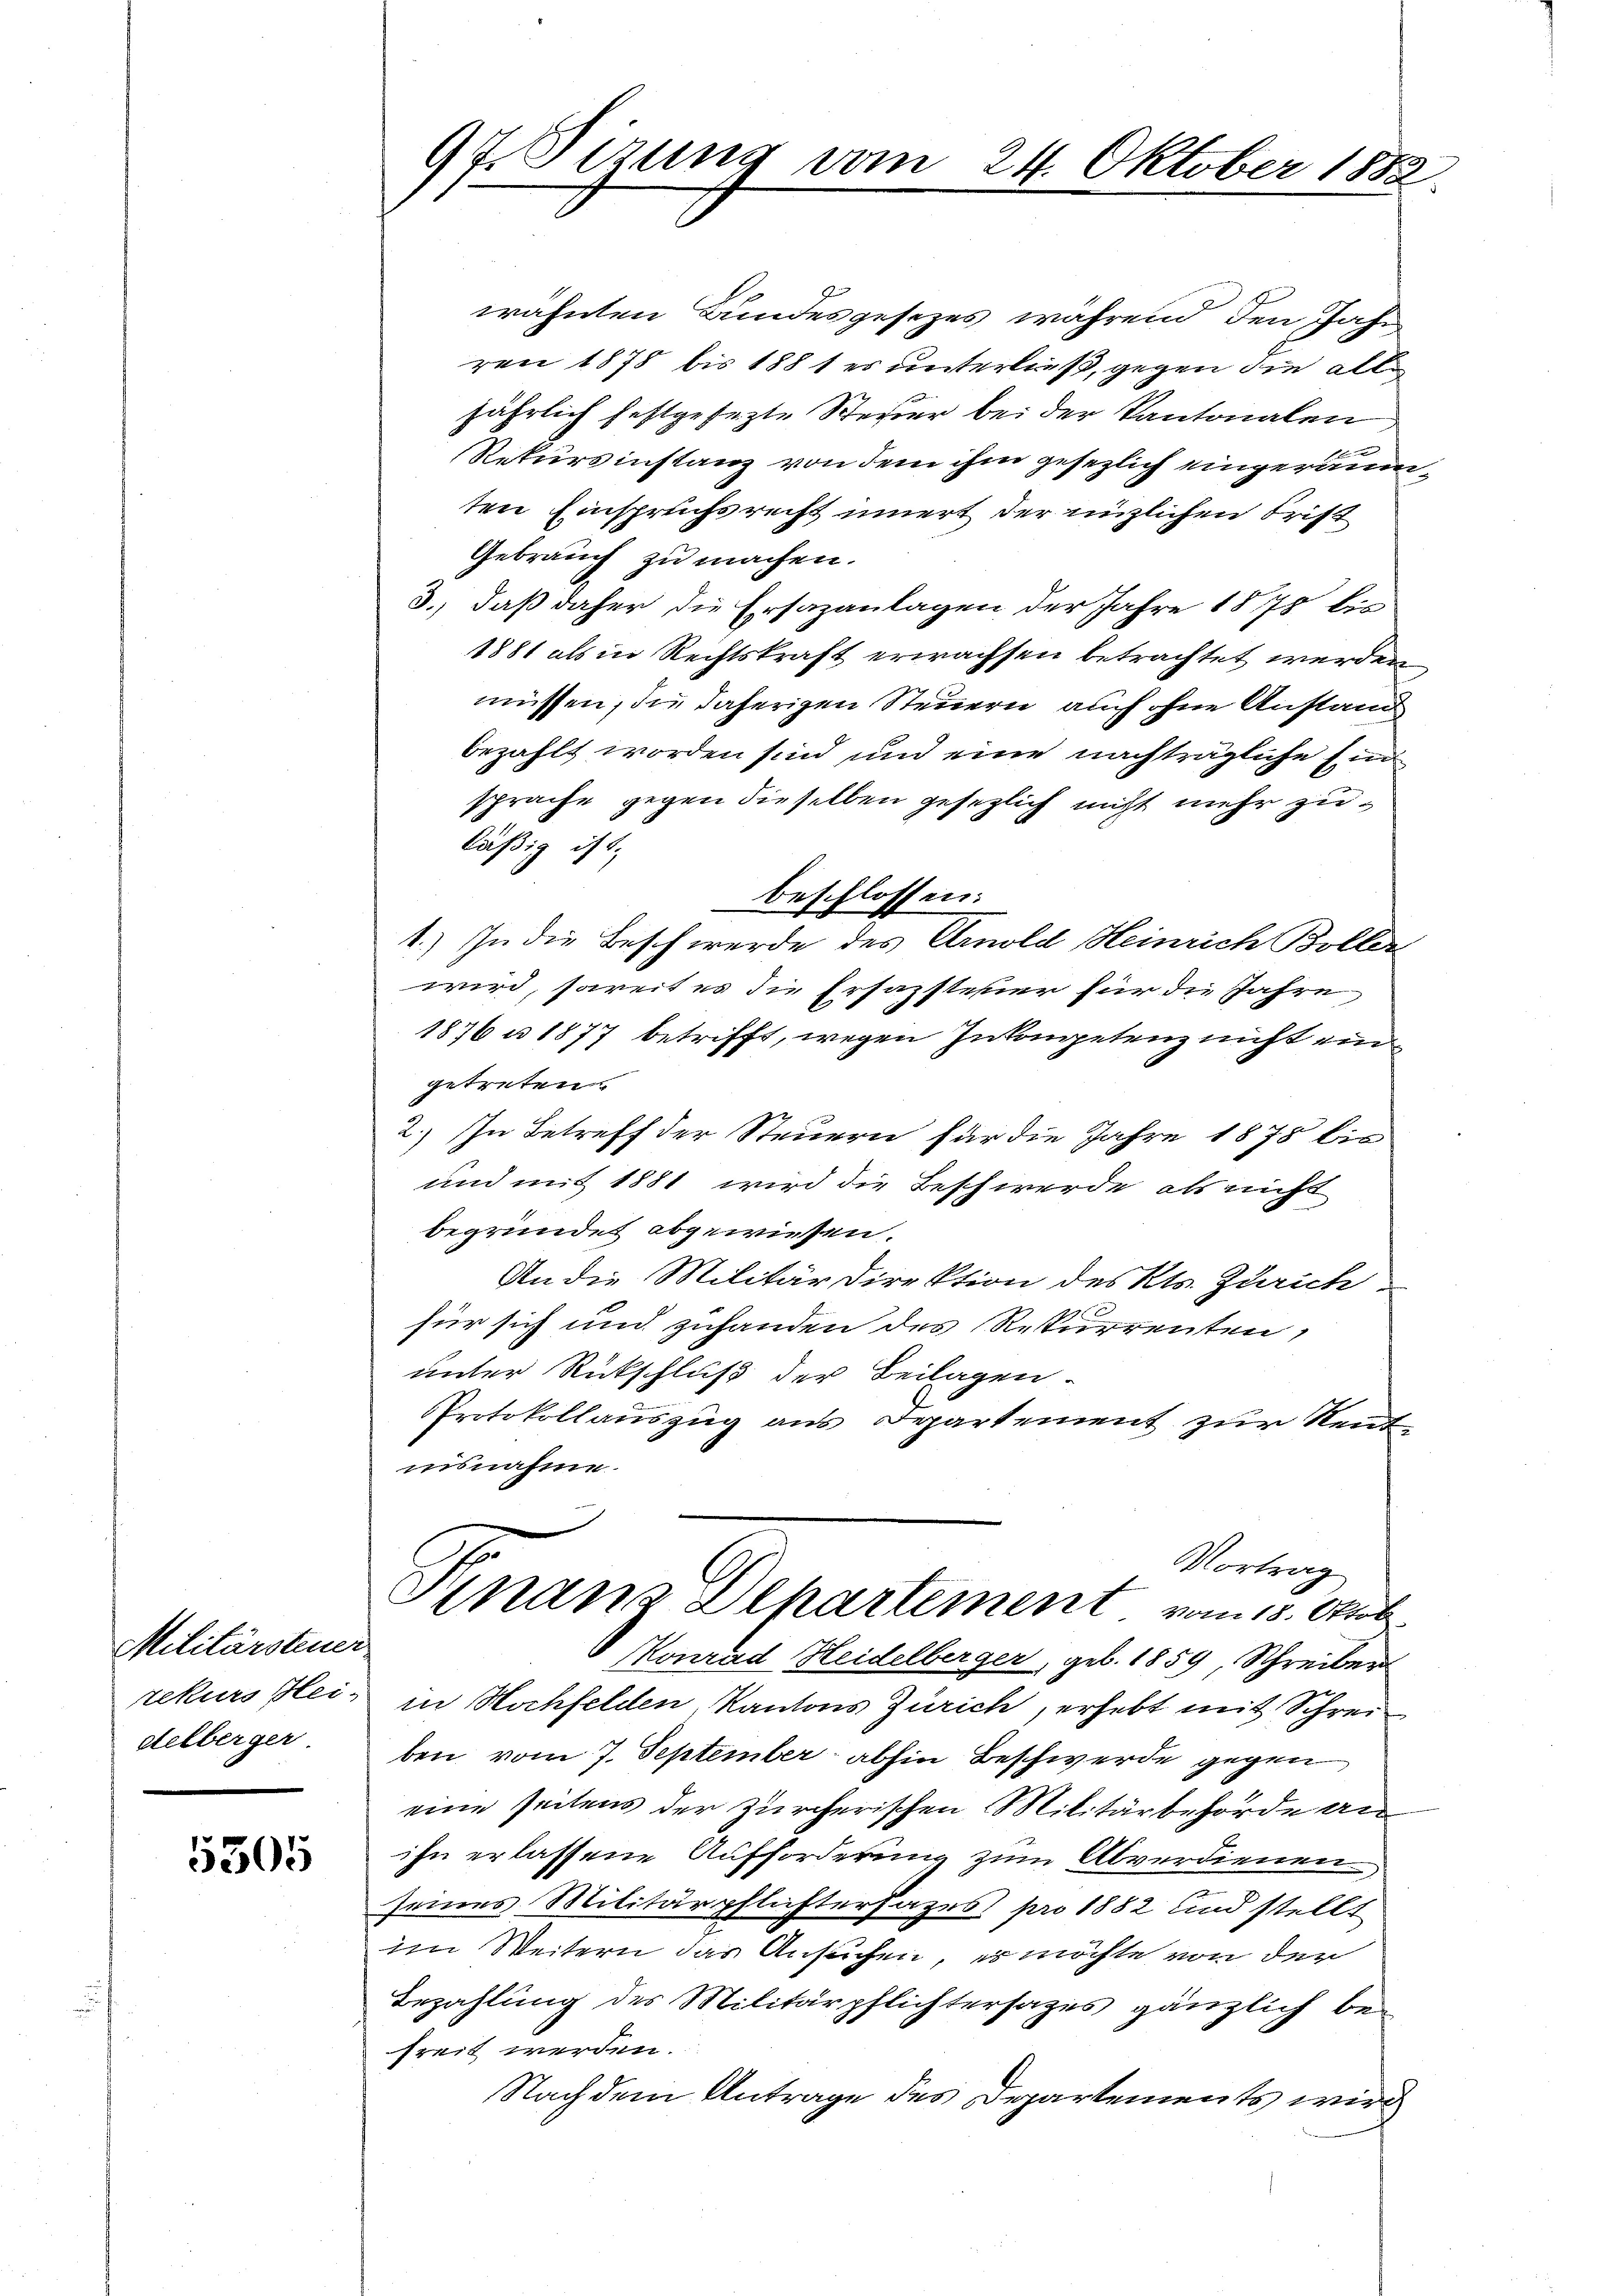
Mellenden
delberger.

5505

97. Sitzung vom 24. Oktober 1882

wähnten Bundesgesezes während, den Jahr
ren 1878 bis 1881 es unterließ, gegen die alle
jährlich festgesezte Steuer bei der Kantonalen
Rekursinstanz von dem ihm gesezlich eingeräumten Einspruchsrecht innert der enzlichen Frist
Gebrauch zu machen.
3., daß daher die Ersazanlagen der Jahre 1878 bis
1881 als in Rechtskraft erwachsen betrachtet werden,
müssen, die daherigen Steuern auch ohne Anstand
bezahlt worden sind und eine nachträgliche Ein
sprache gegen dieselben gesezlich nicht mehr zu
läßig ist,
beschlossen:
1.) In die Beschwerde des Arnold Heinrich Boller
wird, soweit es die Ersazsteuer für die Jahre
1876 u. 1877 betrifft, wegen Inkompetenz nicht ein
getreten
2.) In Betreff der Steuern für die Jahre 1878 bis
und mit 1881 wird die Beschwerde als nicht
begründet abgewiesen.
An die Militärdirektion des Kts. Zürich
für sich und zuhanden des Rekurrenten,
unter Rückschluß der Beilagen
PProtokollauszug aus Departement zur Rent
insnahme.
Vortrag
Finans Departement vom 15. Oktob.
Konrad Heidelberger, geb. 1859, Schreiber
rekurs Hei- in Hochfelden Kantons Zürich, erhebt mit Schreiben vom 7. September abhin Beschwerde gegen
eine seitens der zürcherischen Militärbehörde anihn erlassene Aufforderung zum Abverdienen,
seines Militärpflichterfahres pro 1882 und stellt
im Weitern das Ansuchen, es möchte von der
Bezahlung des Militärpflichtersatzes gänzlich behreit werden.
Nach dem Antrage des Departements wird